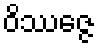
ဝိဿဇ္ဇေ